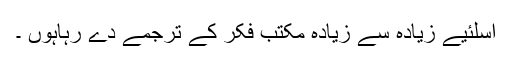
اسلئیے زیادہ سے زیادہ مکتبِ فکر کے ترجمے دے رہاہوں ۔